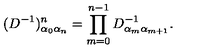
( D ^ { - 1 } ) _ { \alpha _ { 0 } \alpha _ { n } } ^ { n } = \prod _ { m = 0 } ^ { n - 1 } D _ { \alpha _ { m } \alpha _ { m + 1 } } ^ { - 1 } .